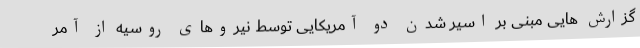
گزارش هایی مبنی بر اسیر شدن دو آمریکایی توسط نیروهای روسیه از آمر